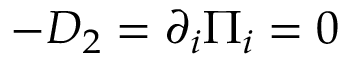
- D _ { 2 } = \partial _ { i } \Pi _ { i } = 0